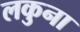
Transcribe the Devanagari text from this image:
लकुना